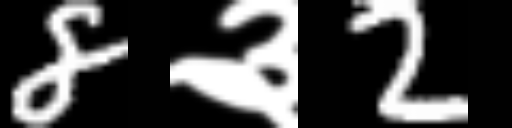
Text: 8३2